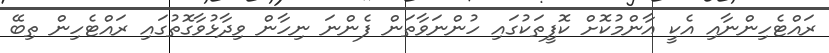
ރައްޓެހިންނާއި އެކީ އާންމުކޮށް ކޮފީތަކުގައި ހުންނަވާތަން ފެންނަ ނިހާން ވިދާޅުވާގޮތުގައި ރައްޓެހިން ތިބޭ